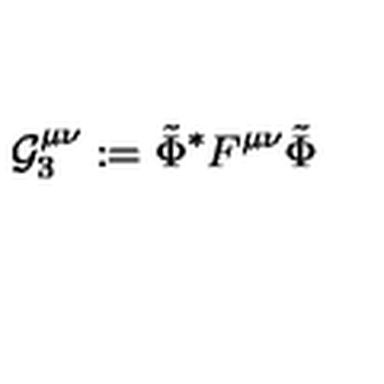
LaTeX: \mathcal { G } _ { 3 } ^ { \mu \nu } : = \tilde { \Phi } ^ { \ast } F ^ { \mu \nu } \tilde { \Phi }